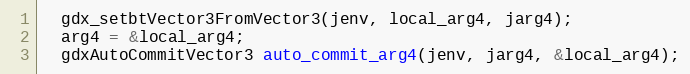
Language: C++
  gdx_setbtVector3FromVector3(jenv, local_arg4, jarg4);
  arg4 = &local_arg4;
  gdxAutoCommitVector3 auto_commit_arg4(jenv, jarg4, &local_arg4);